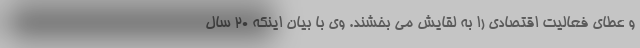
و عطای فعالیت اقتصادی را به لقایش می بخشند. وی با بیان اینکه ۲۰ سال